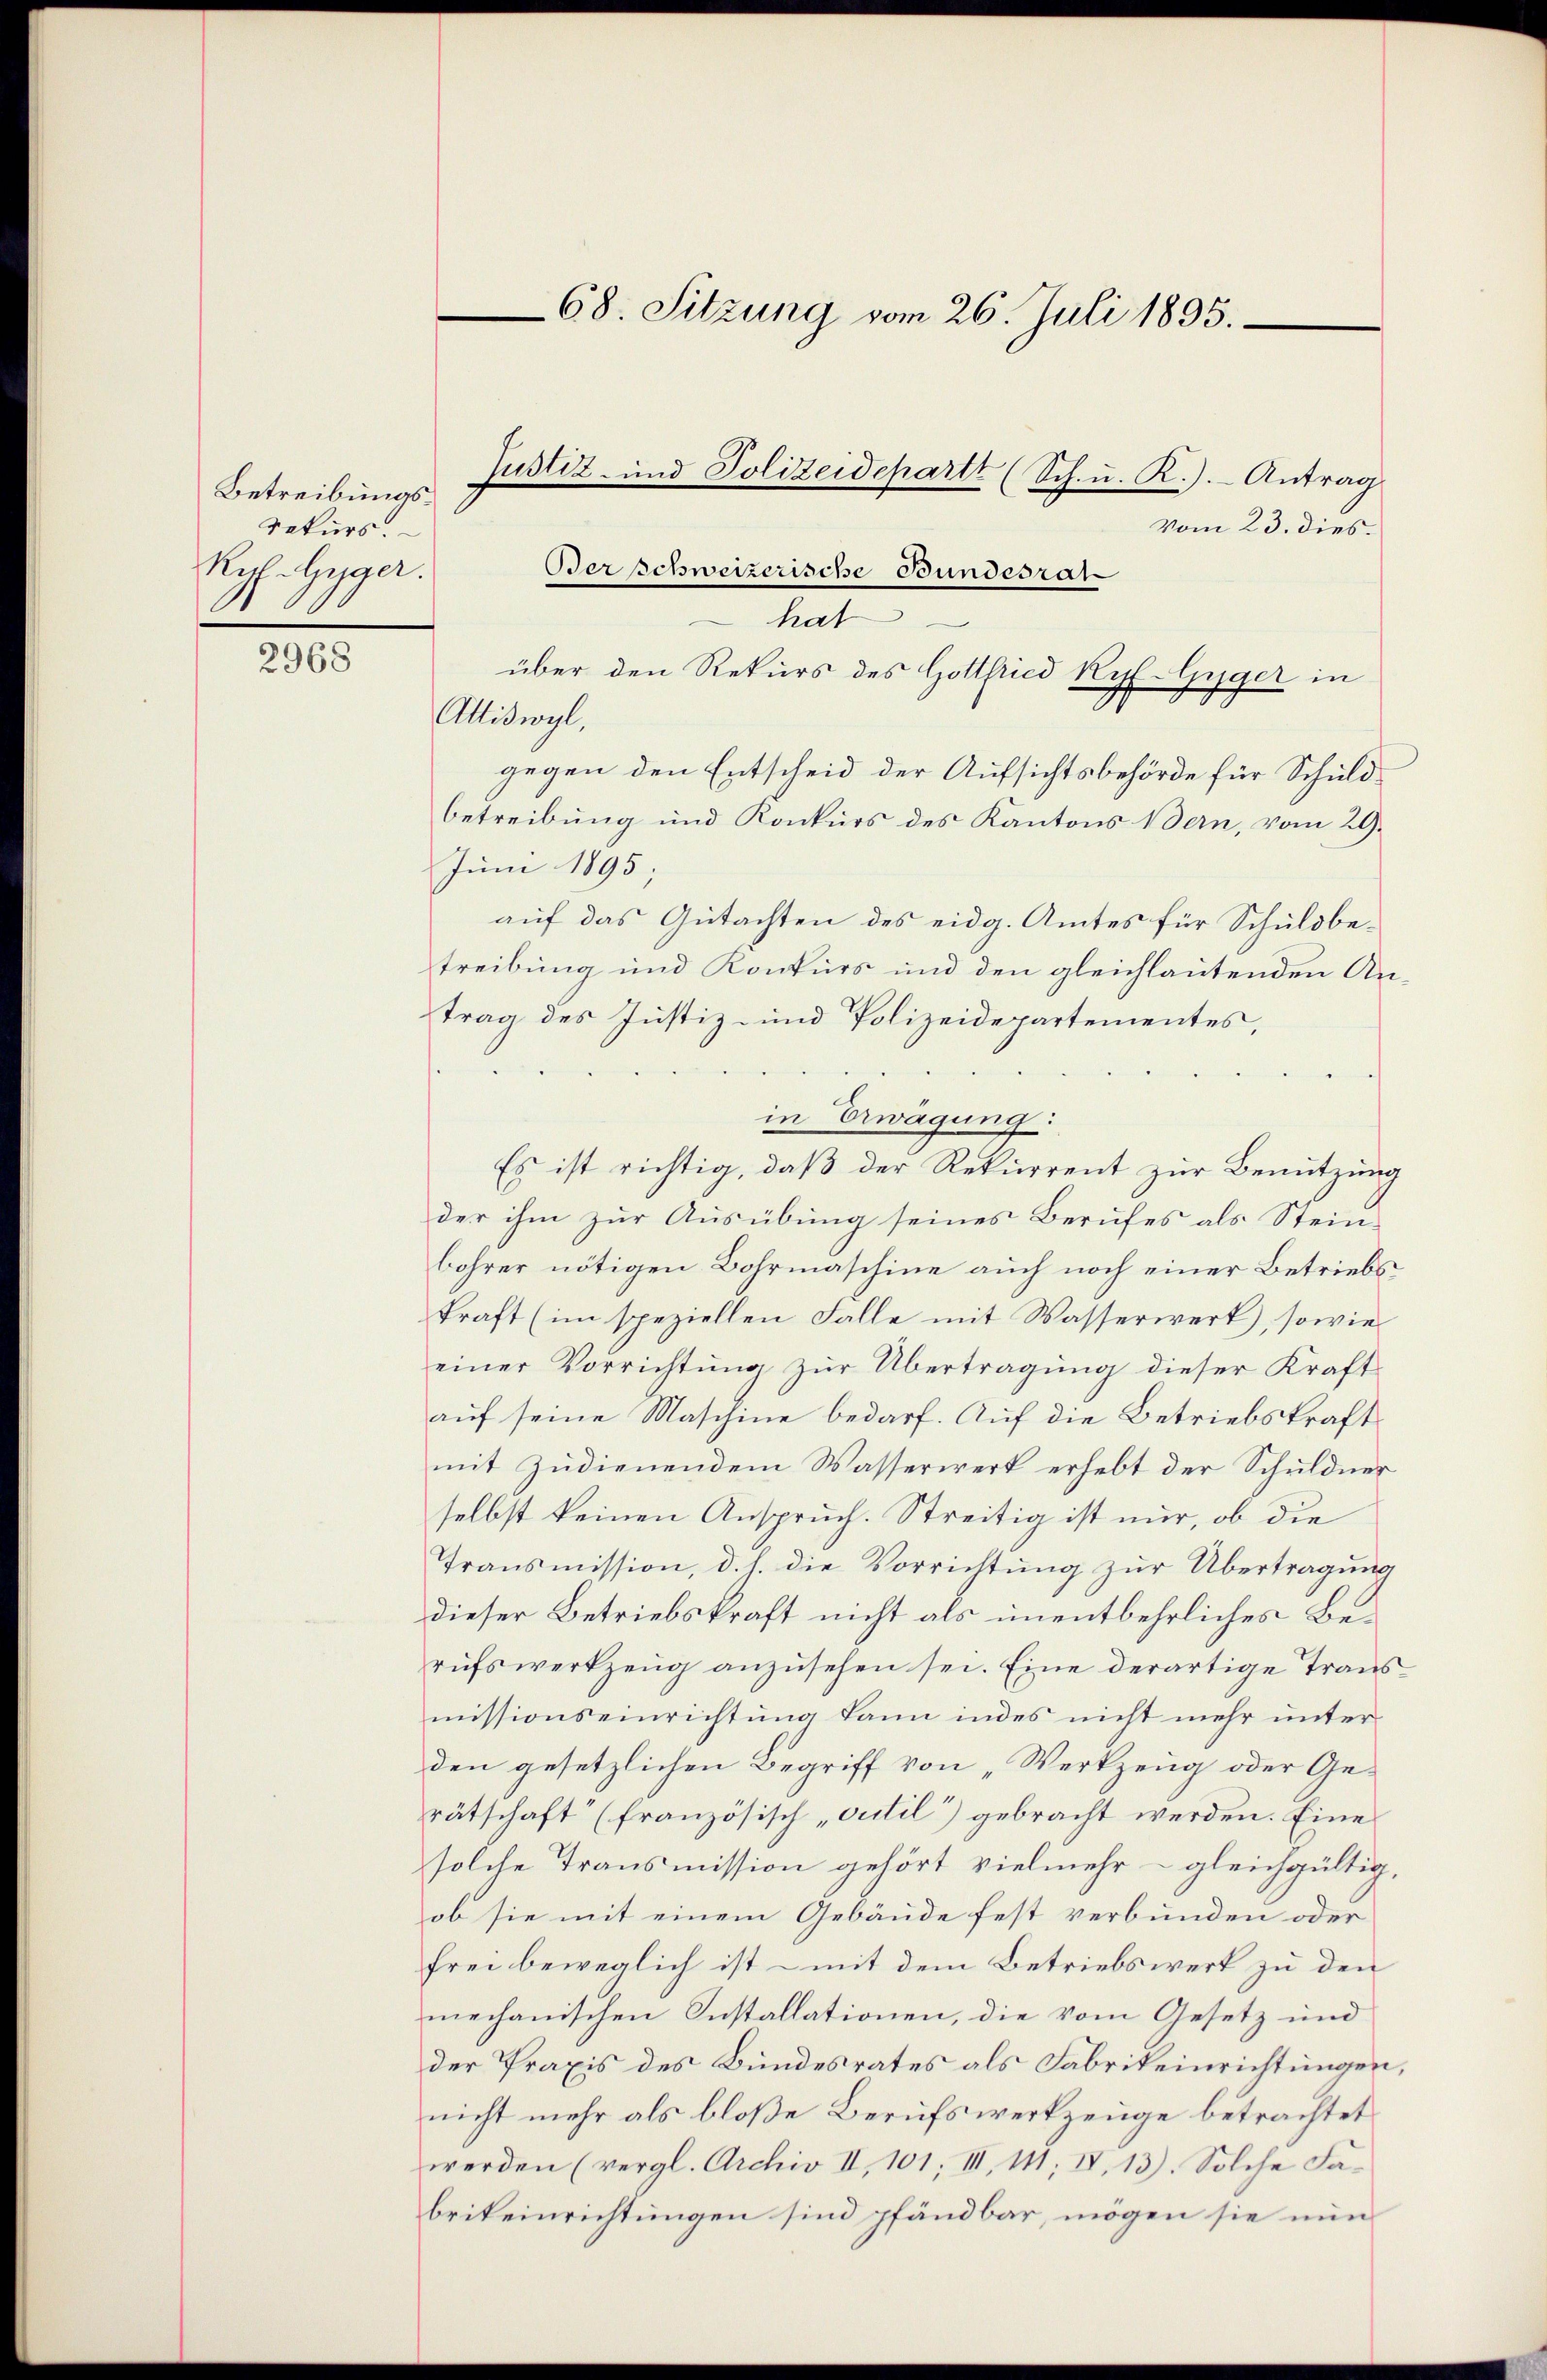
2968

Betreibungs¬
Rekurs.
Reg. Gyger.

vom 23. dies
hat
e
über den Rekurs des Gottfried Ryf Gyger in
Attiswyl,
gegen den Entscheid der Aufsichtsbehörde für Schuldbetreibung und Konkurs des Kantons Bern, vom 29.
Juni 1895;
auf das Gutachten des eidg. Amtes für Schuldbetreibung und Konkurs und den gleichlautenden Antrag des Justiz- und Polizeidepartementes,
in Erwägung:
Es ist richtig, daß der Rekurrent zur Benutzung
der ihm zur Ausübung seines Berufes als Steinbohrer nötigen Bohrmaschine auch noch einer Betriebskraft (im speziellen Falle mit Wasserwerk), sowie
einer Vorrichtung zur Übertragung dieser Kraft
auf seine Maschine bedarf. Auf die Betriebskraft
mit zudienendem Wasserwerk erhebt der Schuldner
selbst keinen Anspruch. Streitig ist nur, ob die
Transmission, d. h. die Vorrichtung zur Übertragung
dieser Betriebskraft nicht als unentbehrliches Berufswerkzeug anzusehen sei. Eine derartige Transmissionseinrichtung kann indes nicht mehr unter
den gesetzlichen Begriff von „Werkzeug oder Gerätschaft (französisch „sutil“) gebracht werden. Eine
solche Transmission gehört vielmehr – gleichgültig,
ob sie mit einem Gebäude fest verbunden oder
frei beweglich ist - mit dem Betriebswerk zu den
mechanischen Installationen, die vom Gesetz und
der Praxis des Bundesrates als Fabrikeinrichtungen,
nicht mehr als bloße Berufswerkzeuge betrachtet
werden (vergl. Archiv II, 101, III, 141; IV, 13). Solche Fabrikeinrichtungen sind pfändbar, mögen sie nun

68. Sitzung vom 26. Juli 1895.

Justiz- und Polizeideparte (Sch. u. K.). Antrag
Verschweizerische Bundesrat